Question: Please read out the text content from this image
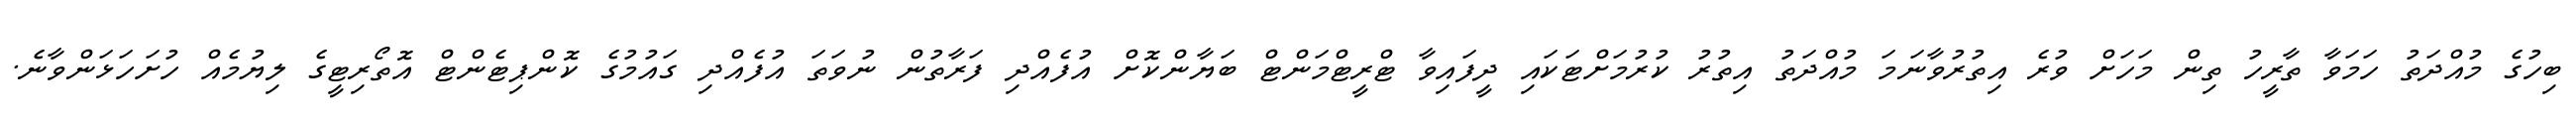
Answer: ބިހުގެ މުއްދަތު ހަމަވާ ތާރީހު ތިން މަހަށް ވުރެ އިތުރުވާނަމަ މުއްދަތު އިތުރު ކުރުމަށްޓަކައި ދީފައިވާ ޓްރީޓްމަންޓް ބަޔާންކޮށް އުފެއްދި ފަރާތުން ނުވަތަ އުފެއްދި ގައުމުގެ ކޮންޕިޓެންޓް އޮތޯރިޓީގެ ލިޔުމެއް ހުށަހަޅަންވާނެ.